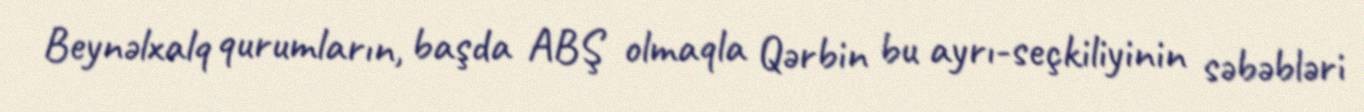
Beynəlxalq qurumların, başda ABŞ olmaqla Qərbin bu ayrı-seçkiliyinin səbəbləri